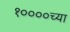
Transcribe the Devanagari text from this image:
१००००च्या